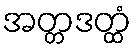
အတ္တဒတ္ထံ